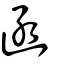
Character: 函